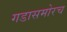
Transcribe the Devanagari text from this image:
गडासमोरच